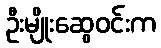
ဦးမျိုးဆွေဝင်းက